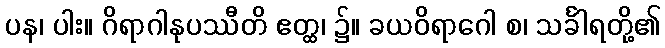
ပန၊ ပါး။ ဂိရာဂါနုပဿီတိ ဧတ္ထ၊ ၌။ ခယဝိရာဂေါ စ၊ သင်္ခါရတို့၏